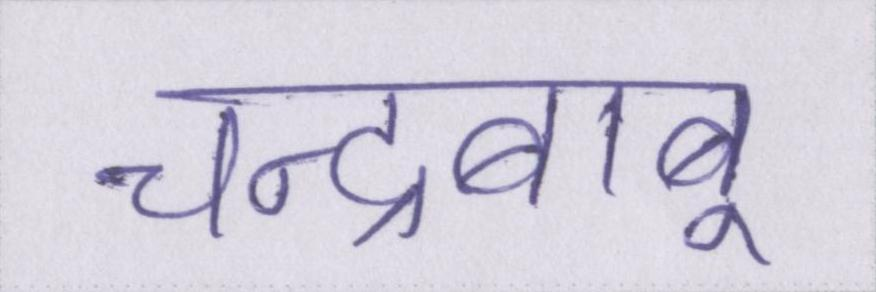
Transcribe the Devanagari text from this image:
चन्द्रबाबू